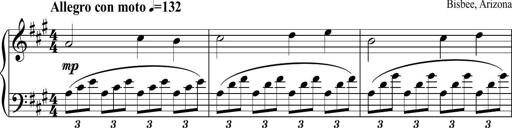
Title: Piano Sonatina in A major
Composer: Z Q Sysmoebius
Key: A major